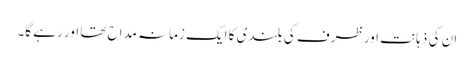
ان کی ذہانت اور ظرف کی بلندی کا ایک زمانہ مداح تھا اور رہے گا۔